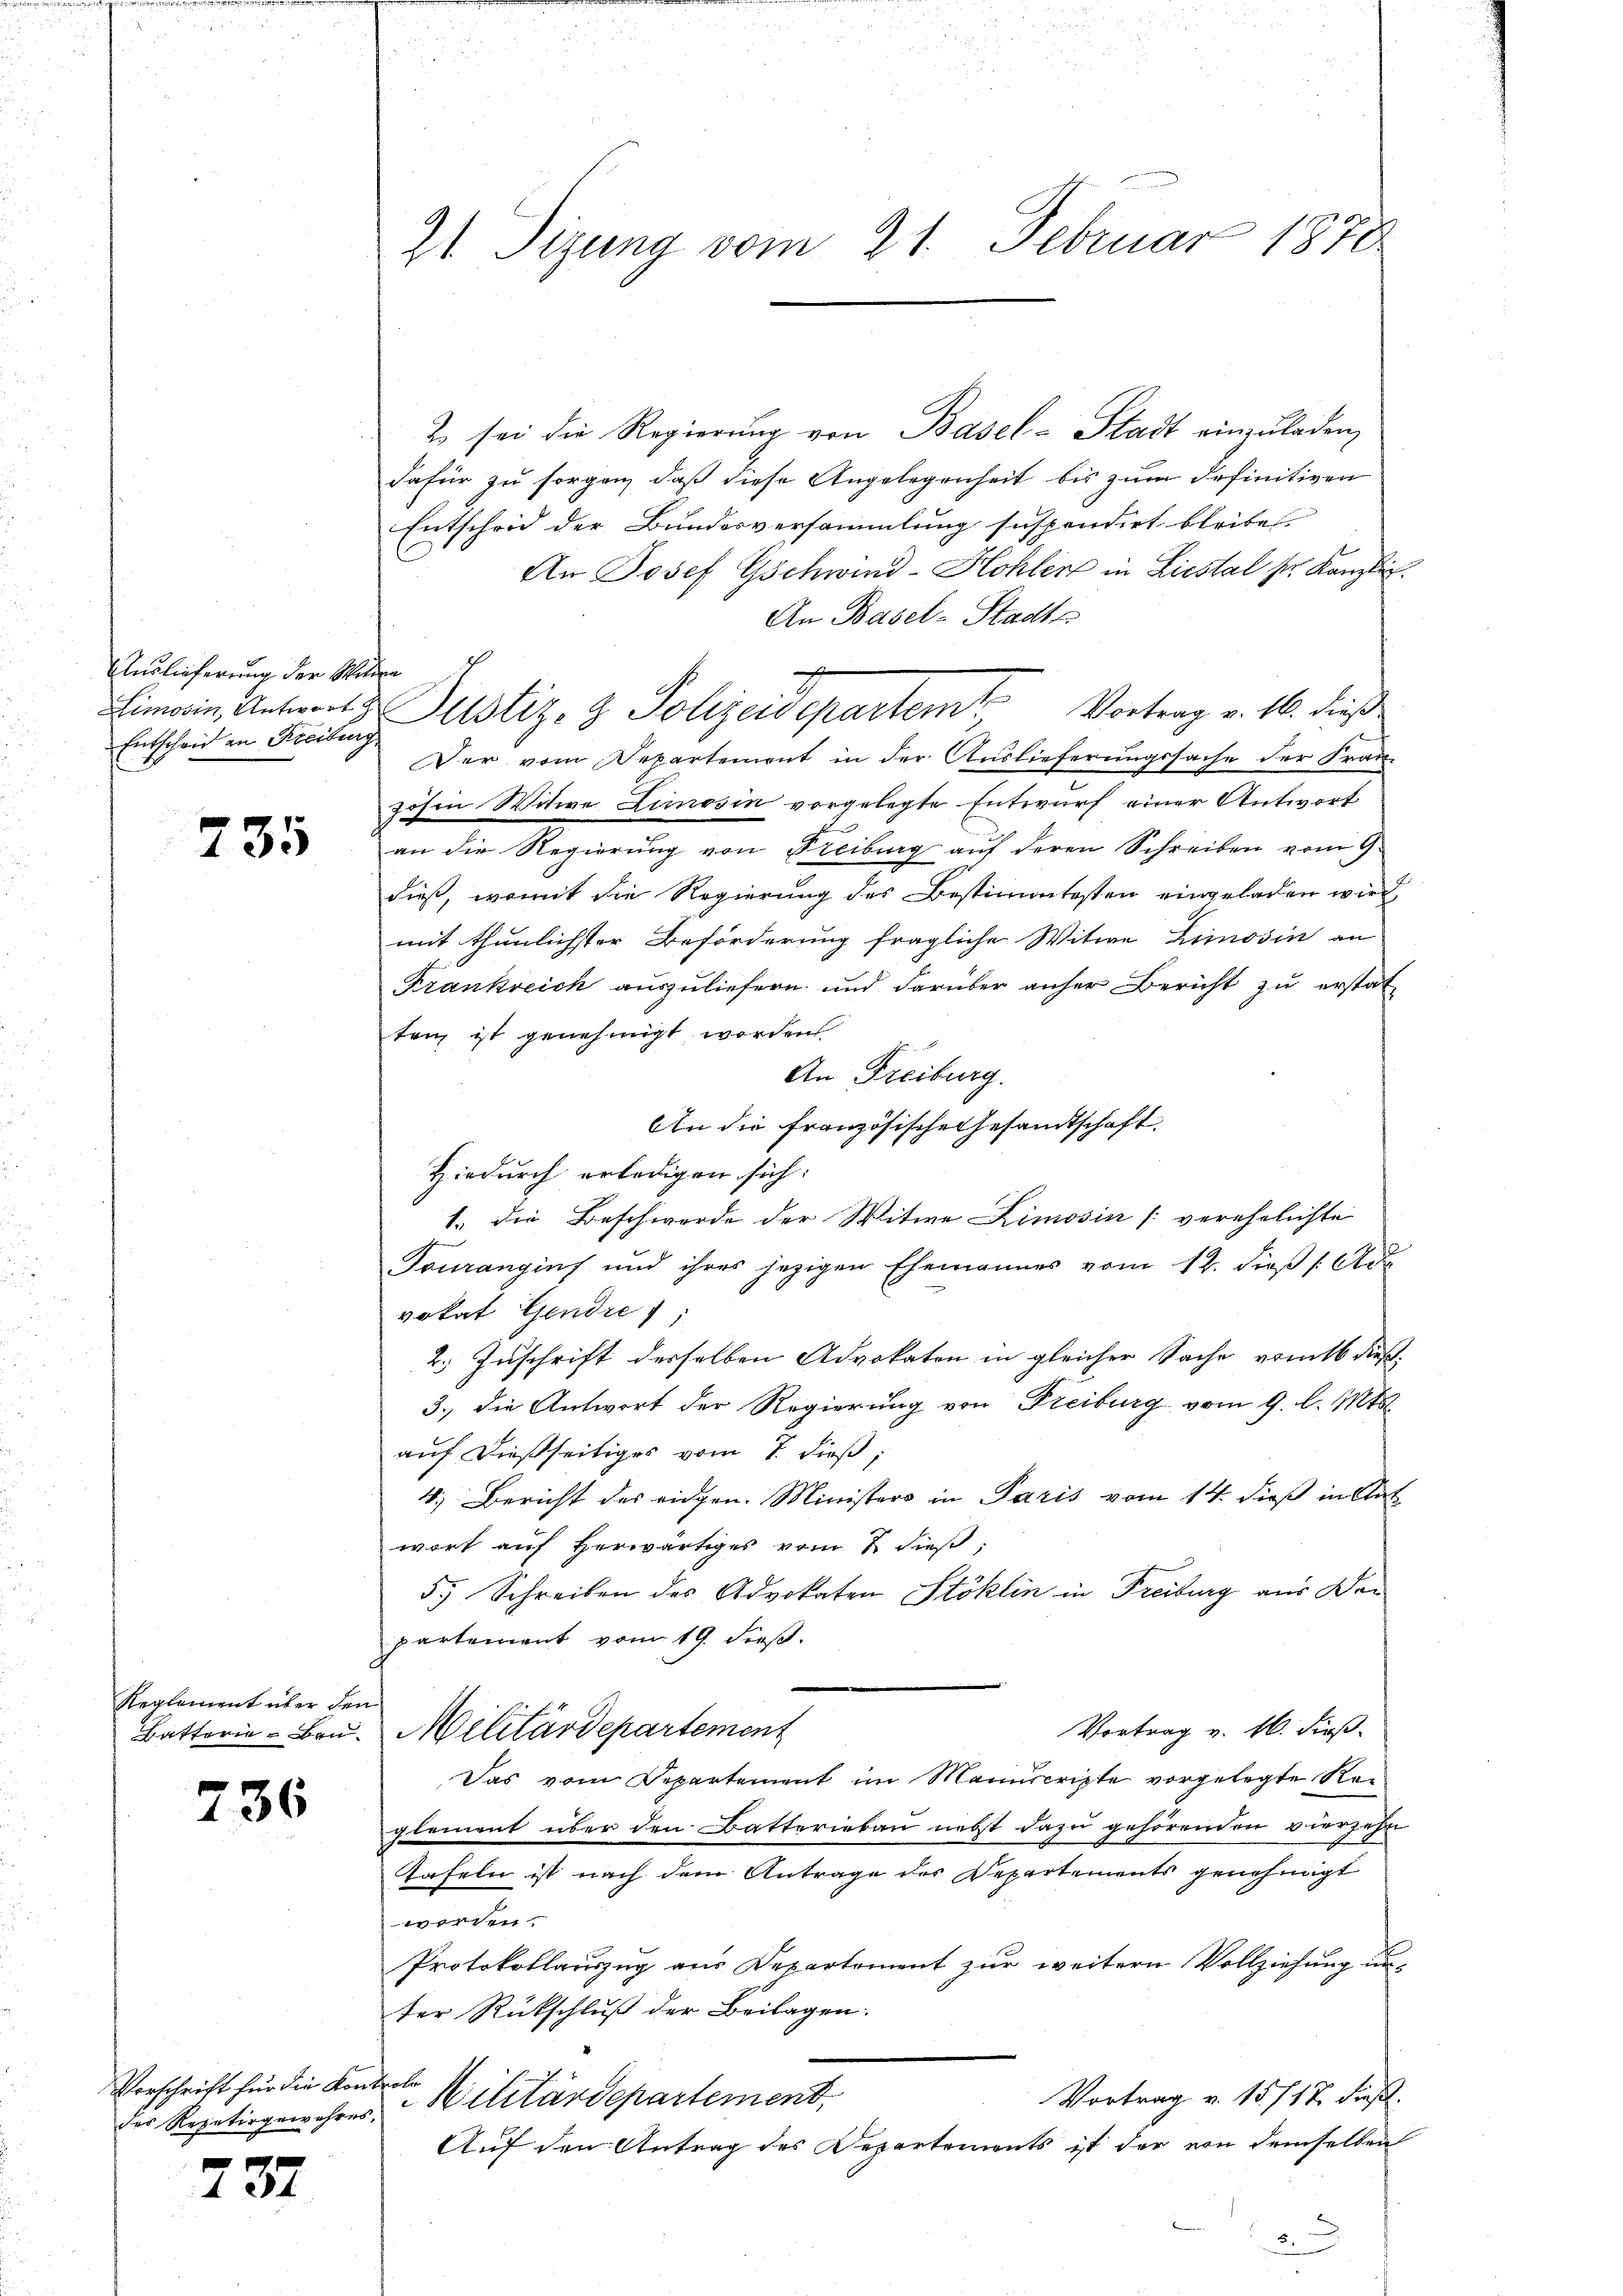
Auslieferung der Milden
Entscheid an Kreiburg

735

Reglement über den

736

Vorschrift für die Kontrole
des Repetirgewahres,

237

2 sei die Regierŭng von Basel-Stadt einzŭladen,
dafür zu sorgen, daß diese Angelegenheit bis zum definitiven
Entscheid der Bundesversammlung suspendirt bleiben
An Josef Gschwind-Hohler in Liestal ser Kanzlic
An Basel-Stadts.
g
Vortrag v. M. dieß
Der vom Departement in der Auslieferungssache der Frau-
zöhen Witwe Limosin vorgelegte Entwurf einer Antwort
an die Regierung von Freiburg auf deren Schreiben vom 9.
dieß, womit die Regierung des Bestimmtesten eingeladen wird,
mit thunlichster Beförderung fragliche Witwe Limosin an
Frankreich auszuliefern und darüber anher Bericht zu erstat
ten ist genehmigt worden.
An Freiburg.
An die französische Gesandtschaft
Hiedurch erledigen sich:
1., die Beschwerde der Witwe Limosin [verehelichte
Fourangins und ihres jezigen Ehemannes vom 12. dieβ (: Ad
vokat Gendre
2.) Zuschrift derselben Advokaten in gleicher Sache vents dieß¬
3. die Antwort der Regierung von Freiburg vom 9. l. Mts.
auf dießseitiges vom 7. dieß;
4.) Bericht des eidgen. Ministers in Paris vom 14. dieß in Sat
wort auf herwärtiges vom 2. dieß,
5.) Schreiben des Advokaten Stoklin in Freiburg aus der
partement vom 19. dieß.
Vortrag v. 16. dieß.
Batterie-Bru. Militärdepartement
Das vom Departement im Manuscripte vorgelegte Reglement über den Batterieben nebst dazu gehörenden vierzehn
Tafeln ist nach dem Antrage der Departements genehmigt
e
Protokollauszug aus Departement zur weitern Vollziehung unter Rückschluß der Beilagen.
Vortrag v. 15./17 dieß.
Militärdepartement,
Auf den Antrag des Departements ist der von demselben
2

21. Sitzung vom 21. Februar 1878

Limonin, Antwort 3 Justiz- & Polizeidepartemb